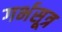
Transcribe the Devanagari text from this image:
गर्भसूत्र